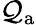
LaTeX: \mathcal{Q}_{\mathrm{{a}}}